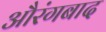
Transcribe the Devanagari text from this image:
औरंगबाद